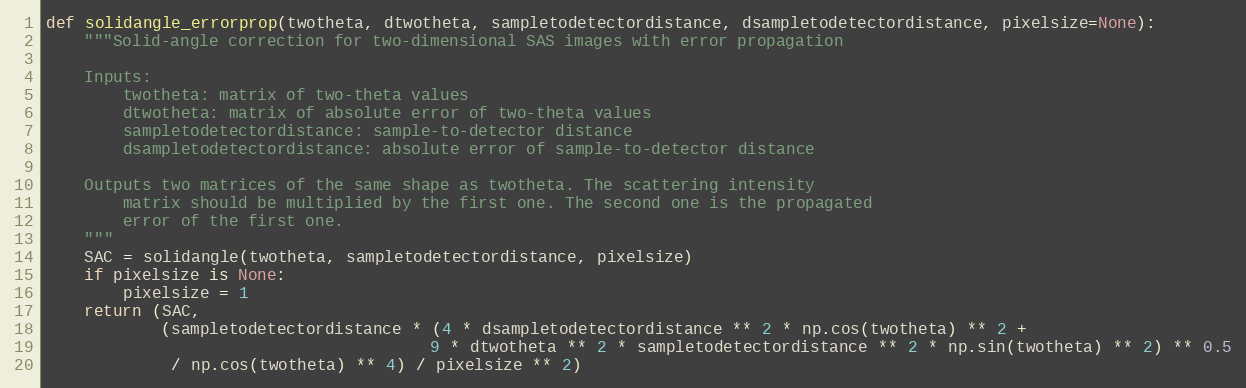
Language: Python
def solidangle_errorprop(twotheta, dtwotheta, sampletodetectordistance, dsampletodetectordistance, pixelsize=None):
    """Solid-angle correction for two-dimensional SAS images with error propagation

    Inputs:
        twotheta: matrix of two-theta values
        dtwotheta: matrix of absolute error of two-theta values
        sampletodetectordistance: sample-to-detector distance
        dsampletodetectordistance: absolute error of sample-to-detector distance

    Outputs two matrices of the same shape as twotheta. The scattering intensity
        matrix should be multiplied by the first one. The second one is the propagated
        error of the first one.
    """
    SAC = solidangle(twotheta, sampletodetectordistance, pixelsize)
    if pixelsize is None:
        pixelsize = 1
    return (SAC,
            (sampletodetectordistance * (4 * dsampletodetectordistance ** 2 * np.cos(twotheta) ** 2 +
                                        9 * dtwotheta ** 2 * sampletodetectordistance ** 2 * np.sin(twotheta) ** 2) ** 0.5
             / np.cos(twotheta) ** 4) / pixelsize ** 2)